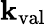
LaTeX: \mathbf{k}_{\mathrm{{val}}}